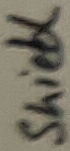
Text: Shield